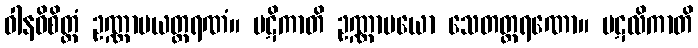
ဝါနဝိစိတ္တံ ဥဏ္ဏာမယတ္ထရဏံ။ ပဋိကာတိ ဥဏ္ဏာမယော သေတတ္ထရဏော။ ပဋလိကာတိ